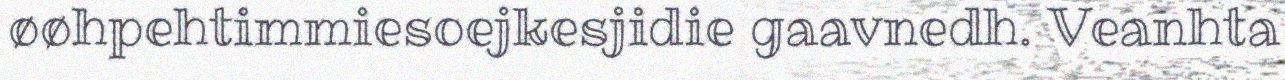
øøhpehtimmiesoejkesjidie gaavnedh. Veanhta